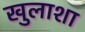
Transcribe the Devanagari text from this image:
खुलाशा